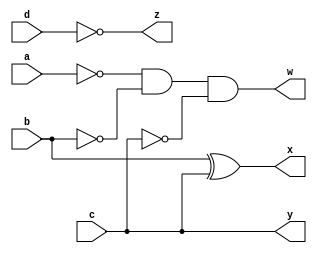
// Gate Modeling (9's complement of BCD 4 digit)

module complement(a,b,c,d,w,x,y,z);
	
	input a,b,c,d;
	output w,x,y,z;
	wire w1,w2,w3,w4;
	
	not(w1,a);  		// w1 = a`
	not(w2,b);			// w2 = b`
	not(w4,c);			// w4 = c`
	and(w3,w1,w2);		// w3 = w1.w2 = (a`.b`)
	and(w,w3,w4);		// w = w3.w4 = (a`.b`.c`)
	xor(x,b,c);			// x = (b xor c)
	buf(y,c);			// y = c
	not(z,d);			// z = d`
	
endmodule